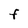
Character: F